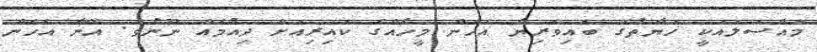
މައްސަލައަކީ ހަޔާތުގެ ބައިވެރިޔާ އެހެން މީހެއްގެ ކައިރިއަށް ދިއުމެއް ނޫނެވެ. އޭނާ އެހެން